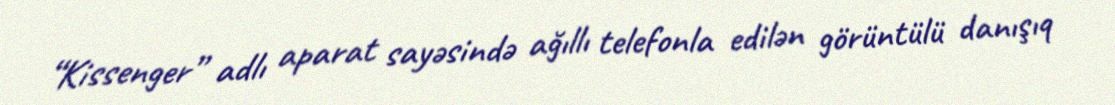
“Kissenger” adlı aparat sayəsində ağıllı telefonla edilən görüntülü danışıq